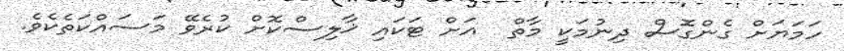
ހަމަޔަށް ގެންގޮސް ދިނުމަކީ މާތް  އަށް ޓަކައި ޚާލިސްކޮށް ކުރެވޭ މަސައްކަތެކެވެ.